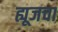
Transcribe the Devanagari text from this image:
ह्यूजचा